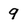
Character: 9